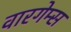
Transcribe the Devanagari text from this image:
वारगेम्स